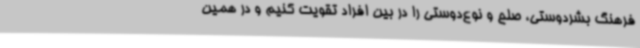
فرهنگ بشردوستی، صلح و نوع‌دوستی را در بین افراد تقویت کنیم و در همین